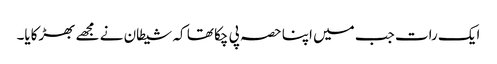
ایک رات جب میں اپنا حصہ پی چکا تھا کہ شیطان نے مجھے بھڑکایا۔